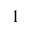
_ { 1 }